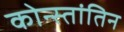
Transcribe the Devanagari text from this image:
कोन्स्तांतिन